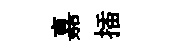
嘉插